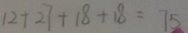
1 2 + 2 7 + 1 8 + 1 8 = 7 5